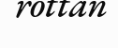
rottan